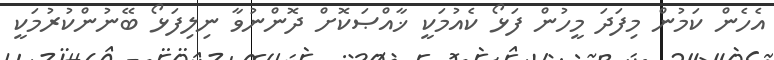
އެހެން ކަމުން މިފަދަ މީހުން ފަޅޯ ކެއުމަކީ ޚާއްޞަކޮށް ދޮންނުވާ ނިލިފަޅޯ ބޭނުންކުރުމަކީ